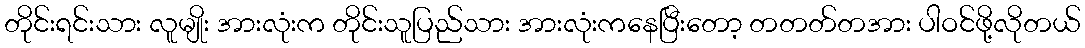
တိုင်းရင်းသား လူမျိုး အားလုံးက တိုင်းသူပြည်သား အားလုံးကနေပြီးတော့ တတတ်တအား ပါဝင်ဖို့လိုတယ်